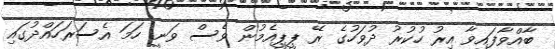
ބާއްވާފައިވާ އިރު ހުކުރު ދުވަހުގެ ރޭ ޕީޕީއެމުން ވެސް ވަނީ ހަމަ އެސަރަހައްދުގައި